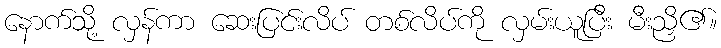
နောက်သို့ လှန်ကာ ဆေးပြင်းလိပ် တစ်လိပ်ကို လှမ်းယူပြီး မီးညှိ၏။